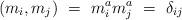
LaTeX: \begin{align*}(m_i, m_j) \ = \ m^a_i m^a_j \ = \ \delta_{ij}\end{align*}